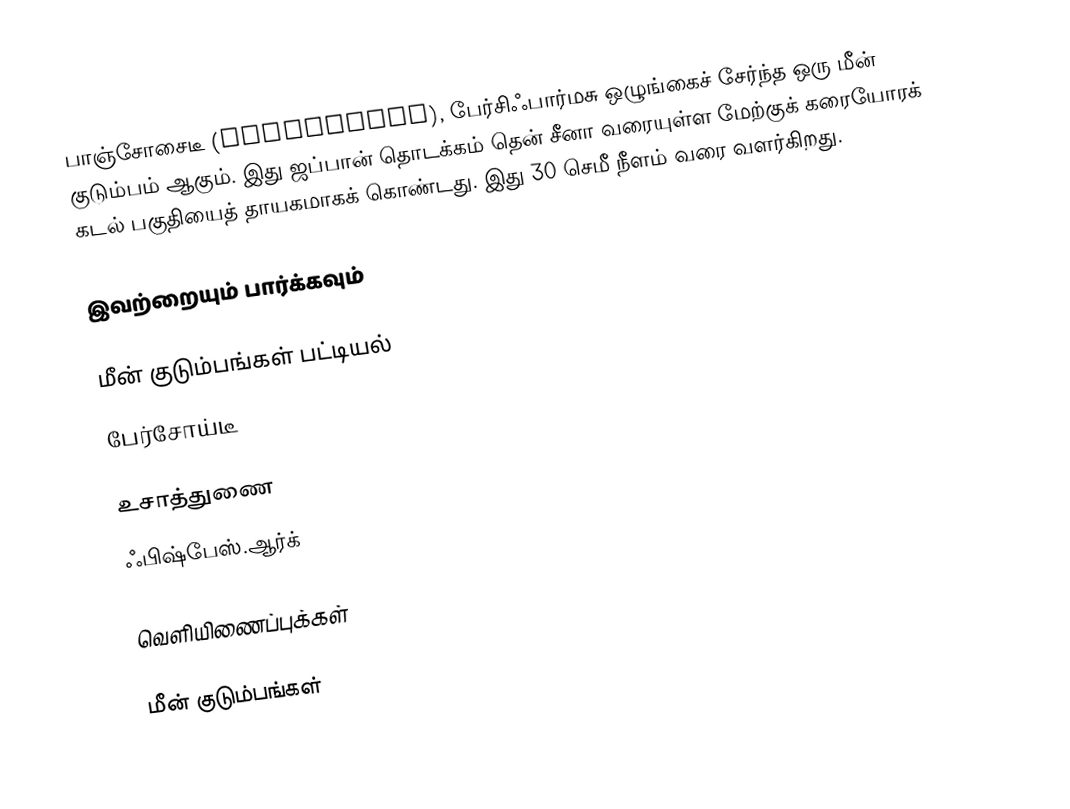
பாஞ்சோசைடீ (Banjosidae), பேர்சிஃபார்மசு ஒழுங்கைச் சேர்ந்த ஒரு மீன் குடும்பம் ஆகும். இது ஜப்பான் தொடக்கம் தென் சீனா வரையுள்ள மேற்குக் கரையோரக் கடல் பகுதியைத் தாயகமாகக் கொண்டது. இது 30 செமீ நீளம் வரை வளர்கிறது.

இவற்றையும் பார்க்கவும்

 மீன் குடும்பங்கள் பட்டியல்
 பேர்சோய்டீ

உசாத்துணை
 ஃபிஷ்பேஸ்.ஆர்க்

வெளியிணைப்புக்கள்

மீன் குடும்பங்கள்